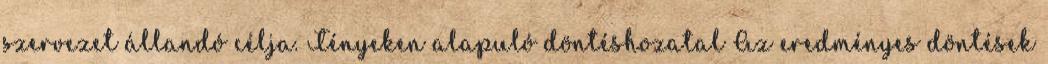
szervezet állandó célja. Tényeken alapuló döntéshozatal Az eredményes döntések